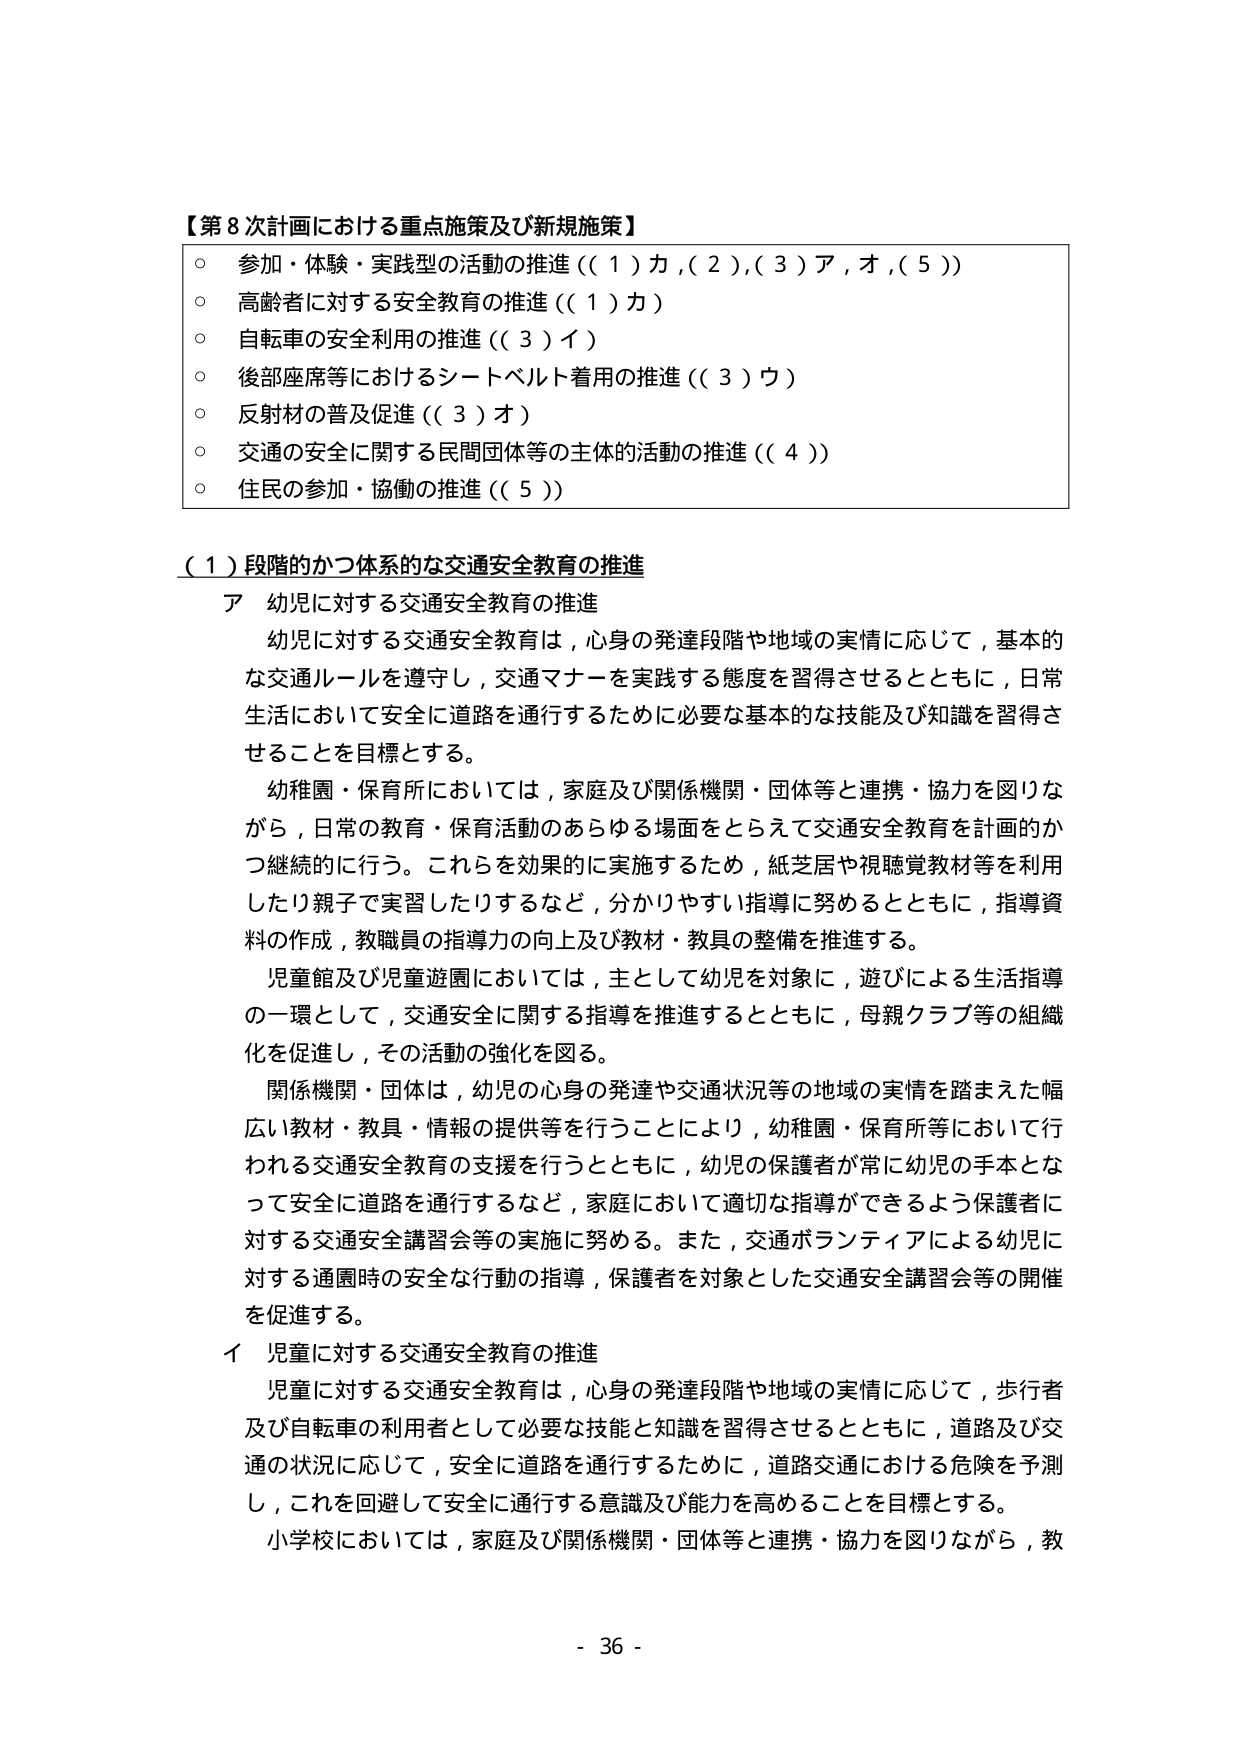
【第8次計画における重点施策及び新規施策】
○ 参加・体験・実践型の活動の推進（（1）カ，（2），（3）ア，オ，（5））
○ 高齢者に対する安全教育の推進（（1）カ）
○ 自転車の安全利用の推進（（3）イ）
○ 後部座席等におけるシートベルト着用の推進（（3）ウ）
○ 反射材の普及促進（（3）オ）
○ 交通の安全に関する民間団体等の主体的活動の推進（（4））
○ 住民の参加・協働の推進（（5））

（1）段階的かつ体系的な交通安全教育の推進
ア 幼児に対する交通安全教育の推進
　幼児に対する交通安全教育は，心身の発達段階や地域の実情に応じて，基本的な交通ルールを遵守し，交通マナーを実践する態度を習得させるとともに，日常生活において安全に道路を通行するために必要な基本的な技能及び知識を習得させることを目標とする。
　幼稚園・保育所においては，家庭及び関係機関・団体等と連携・協力を図りながら，日常の教育・保育活動のあらゆる場面をとらえて交通安全教育を計画的かつ継続的に行う。これらを効果的に実施するため，紙芝居や視聴覚教材等を利用したり親子で実習したりするなど，分かりやすい指導に努めるとともに，指導資料の作成，教職員の指導力の向上及び教材・教具の整備を推進する。
　児童館及び児童遊園においては，主として幼児を対象に，遊びによる生活指導の一環として，交通安全に関する指導を推進するとともに，母親クラブ等の組織化を促進し，その活動の強化を図る。
　関係機関・団体は，幼児の心身の発達や交通状況等の地域の実情を踏まえた幅広い教材・教具・情報の提供等を行うことにより，幼稚園・保育所等において行われる交通安全教育の支援を行うとともに，幼児の保護者が常に幼児の手本となって安全に道路を通行するなど，家庭において適切な指導ができるよう保護者に対する交通安全講習会等の実施に努める。また，交通ボランティアによる幼児に対する通園時の安全な行動の指導，保護者を対象とした交通安全講習会等の開催を促進する。
イ 児童に対する交通安全教育の推進
　児童に対する交通安全教育は，心身の発達段階や地域の実情に応じて，歩行者及び自転車の利用者として必要な技能と知識を習得させるとともに，道路及び交通の状況に応じて，安全に道路を通行するために，道路交通における危険を予測し，これを回避して安全に通行する意識及び能力を高めることを目標とする。
　小学校においては，家庭及び関係機関・団体等と連携・協力を図りながら，教

- 36 -